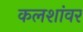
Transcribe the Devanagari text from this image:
कलशांवर